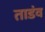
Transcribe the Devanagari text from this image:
ताडंव